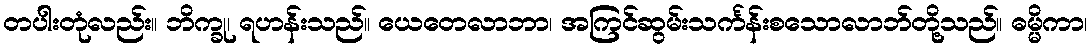
တပါးတုံလည်း။ ဘိက္ခု၊ ရဟန်းသည်။ ယေတေလာဘာ၊ အကြင်ဆွမ်းသင်္ကန်းစသောလာဘ်တို့သည်။ ဓမ္မိကာ၊